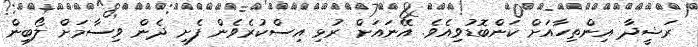
ރަޝީދާ އިންތިހާއަށް ކަންބޮޑުވިއެވެ. އޭނައަށް ރުޅި އިސްކުރެވެން ފެށީ ދެން ވިސާމަށް ލޯބިން